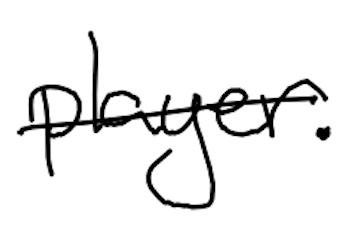
Text: player.
Cross-out: single-line
Writing tool: digital_black